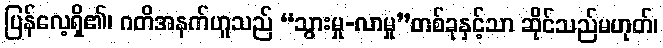
ပြန်လေ့ရှိ၏၊ ဂတိအနက်ဟူသည် “သွားမှု-လာမှု”တစ်ခုနှင့်သာ ဆိုင်သည်မဟုတ်၊